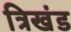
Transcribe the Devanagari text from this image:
त्रिखंड